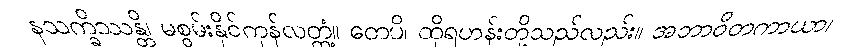
နသက္ခိဿန္တိ၊ မစွမ်းနိုင်ကုန်လတ္တံ့။ တေပိ၊ ထိုရဟန်းတို့သည်လည်း။ အဘာဝိတကာယာ၊